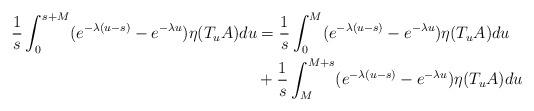
LaTeX: \begin{align*}\frac{1}{s} \int_0^{s+M} ( e^{-\lambda (u-s)} - e^{- \lambda u}) \eta (T_uA)du & = \frac{1}{s} \int_0^M ( e^{-\lambda (u-s)} - e^{- \lambda u}) \eta (T_uA)du\\ & + \frac{1}{s} \int_M^{M+s} ( e^{-\lambda (u-s)} - e^{- \lambda u}) \eta (T_uA)du\end{align*}